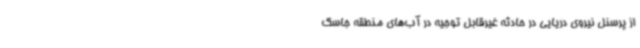
از پرسنل نیروی دریایی در حادثه غیرقابل توجیه در آب‌های منطقه جاسک